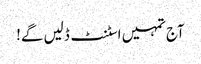
آج تمہیں اسٹنٹ ڈلیں گے!